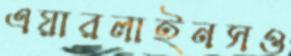
এয়ারলাইনসও